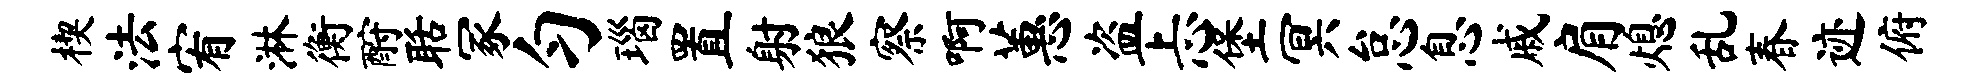
楔法宥淋衡酹聒冢匀瑙置射狼察啊蕙盗忐堡冥怠息戚肩熄乱春迹俯